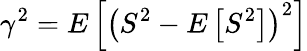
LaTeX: \gamma^{2}=E\left[\left(S^{2}-E\left[S^{2}\right]\right)^{2}\right]